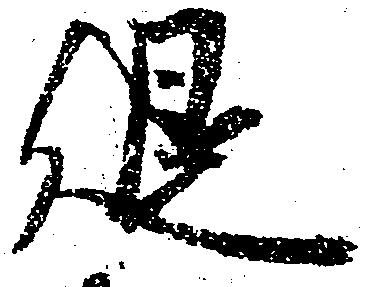
退